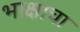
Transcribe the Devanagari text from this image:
भाक्षाचा